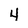
Character: 4